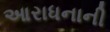
આરાધનાની